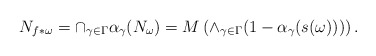
\begin{align*}N_{f*\omega}=\cap_{\gamma\in\Gamma}\alpha_\gamma(N_\omega)=M\left(\wedge_{\gamma\in\Gamma}(1-\alpha_\gamma(s(\omega)))\right).\end{align*}